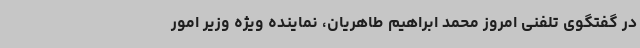
در گفتگوی تلفنی امروز محمد ابراهیم طاهریان، نماینده ویژه وزیر امور